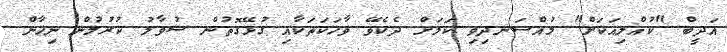
އަދީބް "ކުއްލިއަކަށް" މުއްސަނދިވި ކަމަށް ދެކެވޭ ވާހަކަތަކާއި ގުޅޭގޮތުން ސުވާލު ކުރުމުން ނިހާން